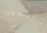
لايكون